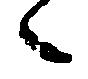
候